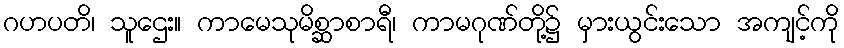
ဂဟပတိ၊ သူဌေး။ ကာမေသုမိစ္ဆာစာရီ၊ ကာမဂုဏ်တို့၌ မှားယွင်းသော အကျင့်ကို